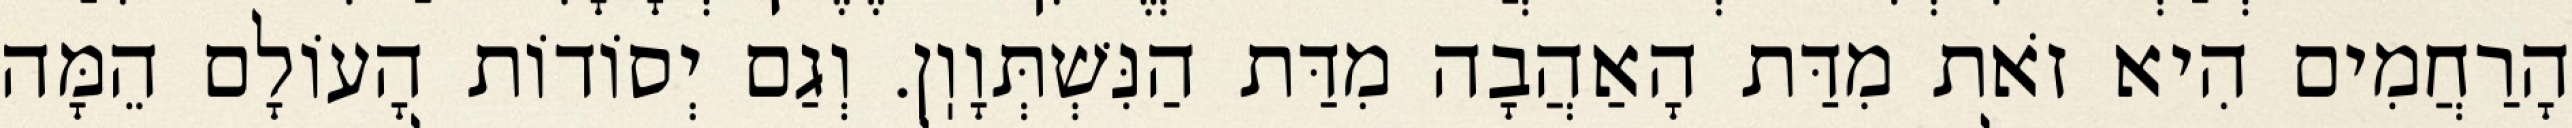
הָרַחֲמִים הִיא זֹאת מִדַּת הָאַהֲבָה מִדַּת הַנִּשְׁתְּוָוֽן. וְגַם יְסוֹדוֹת הָעוֹלָם הֵמָּה